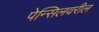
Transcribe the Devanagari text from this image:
पेन्सिलवरील